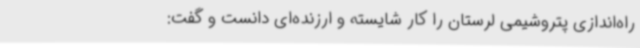
راه‌اندازی پتروشیمی لرستان را کار شایسته و ارزنده‌ای دانست و گفت: